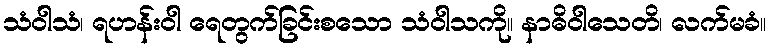
သံဝါသံ၊ ရဟန်းဝါ ရေတွက်ခြင်းစသော သံဝါသကို။ နာဓိဝါသေတိ၊ လက်မခံ။